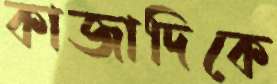
কাজাদিকে